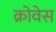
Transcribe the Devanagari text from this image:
क्रोवेस